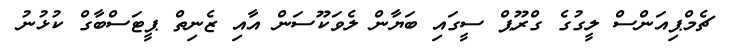
ޗެމްޕިއަންސް ލީގުގެ ގްރޫޕް ސީގައި ބަޔާން ލެވަކޫސަން އާއި ޒެނިތް ޕީޓަސްބާގް ކުޅުނު